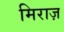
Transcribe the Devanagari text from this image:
मिराज़